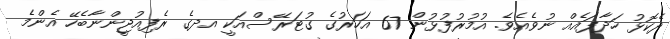
ދެކޮޅު ހަދާފައެއް ނުވެއެވެ. އުމުރުފުޅުން 67 އަހަރުގެ ގުޓަރޭސްއަކީ އދގެ ރެފިއުޖީންނާބެހޭ އެންމެ